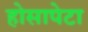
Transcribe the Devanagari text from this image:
होसापेटा